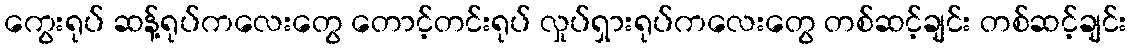
ကွေးရုပ် ဆန့်ရုပ်ကလေးတွေ တောင့်တင်းရုပ် လှုပ်ရှားရုပ်ကလေးတွေ တစ်ဆင့်ချင်း တစ်ဆင့်ချင်း